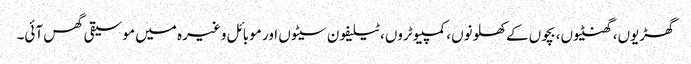
گھڑیوں، گھنٹیوں، بچوں کے کھلونوں، کمپیوٹروں، ٹیلیفون سیٹوں اور موبائل وغیرہ میں موسیقی گھس آئی۔